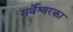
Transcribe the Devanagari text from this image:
सर्वेश्वरका